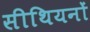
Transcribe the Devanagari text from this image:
सीथियनों